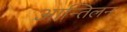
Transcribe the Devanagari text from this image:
आन्तिलन